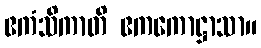
ဧကံသိကာတိ ဧကကောဋ္ဌာသာ။